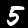
Digit: 5